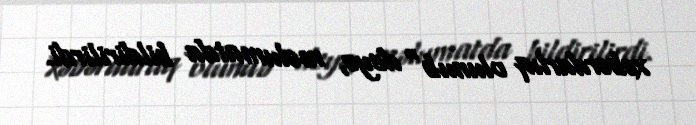
xəbərdarlıq olunub" deyə, məlumatda bildirilirdi.